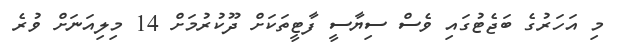
މި އަހަރުގެ ބަޖެޓުގައި ވެސް ސިޔާސީ ފާޓީތަކަށް ދޫކުރުމަށް 14 މިލިއަނަށް ވުރެ